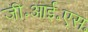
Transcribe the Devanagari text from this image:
जी॰आई॰एस॰